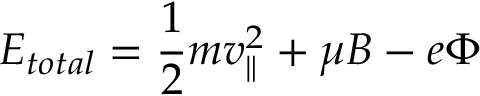
E _ { t o t a l } = \frac { 1 } { 2 } m v _ { \parallel } ^ { 2 } + \mu B - e \Phi